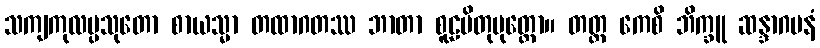
သကျကုလပ္ပသုတော စာယသ္မာ တထာဂတဿ ဘာတာ စူဠပိတုပုတ္တော။ တတ္ထ ကေစိ ဘိက္ခူ ဆန္ဒာဂမနံ